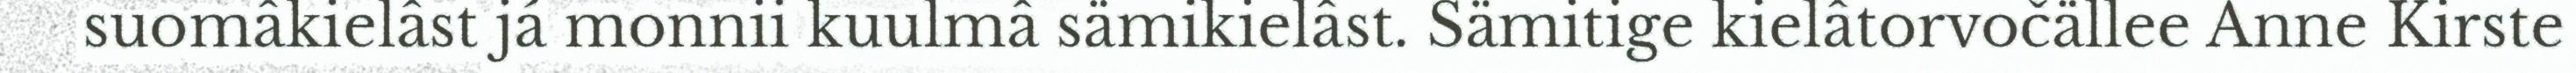
suomâkielâst já monnii kuulmâ sämikielâst. Sämitige kielâtorvočällee Anne Kirste